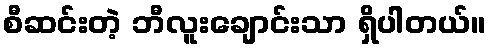
စီဆင်းတဲ့ ဘီလူးချောင်းသာ ရှိပါတယ်။